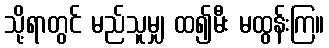
သို့ရာတွင် မည်သူမျှ ထ၍မီး မထွန်းကြ။